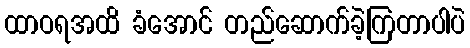
ထာဝရအထိ ခံအောင် တည်ဆောက်ခဲ့ကြတာပါပဲ